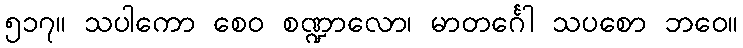
၅၁၇။ သပါကော စေဝ စဏ္ဍာလော၊ မာတင်္ဂေါ သပစော ဘဝေ။